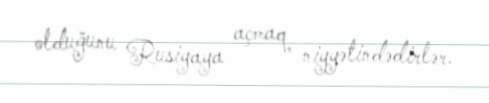
olduğunu Rusiyaya açmaq niyyətindədirlər.